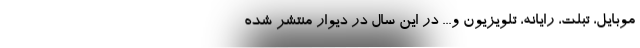
موبایل، تبلت، رایانه، تلویزیون و... در این سال در دیوار منتشر شده